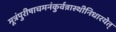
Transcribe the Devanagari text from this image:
मूत्रंपुरीषाचमनंकुर्वन्नास्थीनिधारयेत्